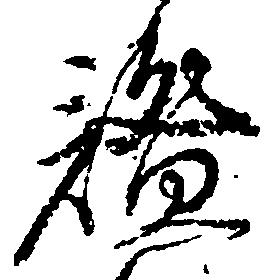
謐